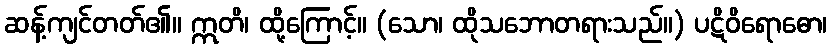
ဆန့်ကျင်တတ်၏။ ဣတိ၊ ထို့ကြောင့်။ (သော၊ ထိုသဘောတရားသည်။) ပဋိဝိရောဓော၊